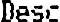
DESC